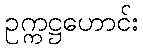
ဥက္ကဋ္ဌဟောင်း